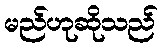
မည်ဟုဆိုသည်